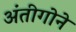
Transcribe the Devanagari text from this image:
अंतीगोने